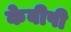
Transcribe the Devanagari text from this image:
केबीपी